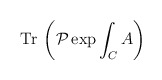
\begin{align*}{\mathrm{Tr}}\:\left( \mathcal{P}\exp{\int_C A}\right)\end{align*}